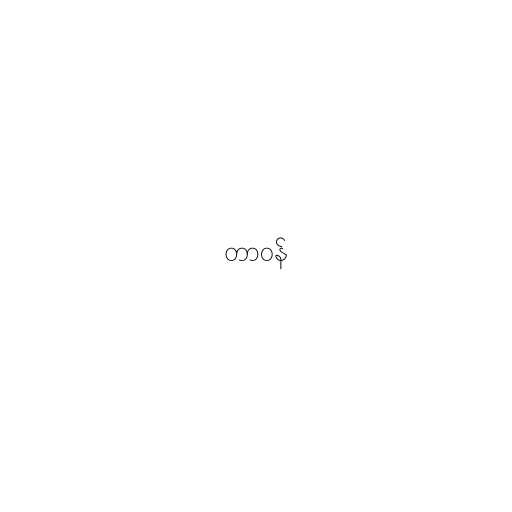
တာဝန်